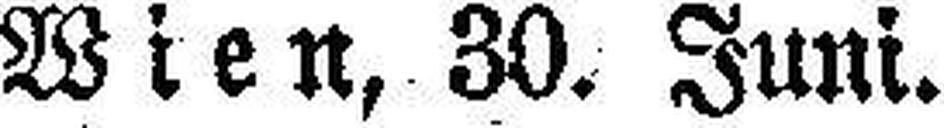
Wien, 30. Juni.